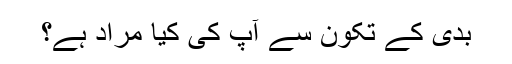
بدى کے تکون سے آپ کى کیا مراد ہے؟